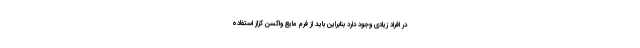
در افراد زیادی وجود دارد بنابراین باید از فرم مایع واکسن کزاز استفاده